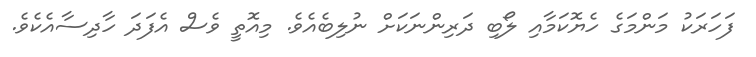
ފަހަރަކު މަންމަގެ ހެޔޮކަމާއި ލޯބި ދަރިންނަކަށް ނުލިބެއެވެ. މިއޮތީ ވެސް އެފަދަ ހާދިސާއެކެވެ.